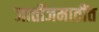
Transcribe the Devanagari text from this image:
जातींजमातींत